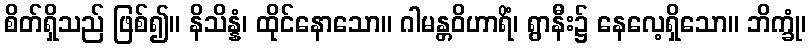
စိတ်ရှိသည် ဖြစ်၍။ နိသိန္နံ၊ ထိုင်နောသော။ ဂါမန္တဝိဟာရိံ၊ ရွာနီး၌ နေလေ့ရှိသော။ ဘိက္ခုံ၊